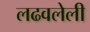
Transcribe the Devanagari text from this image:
लढवलेली